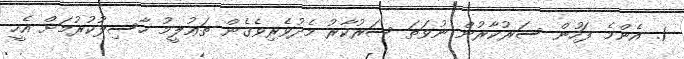
1. އެންމެ ފަހުން ސަރުކާރުން ނުވަތަ ސަރުކާރު މެދުވެރިވެގެން ތަޢުލީމު ހާސިލުކުރުމަށް އެހީ